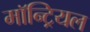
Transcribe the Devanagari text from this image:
माॅन्ट्रियल